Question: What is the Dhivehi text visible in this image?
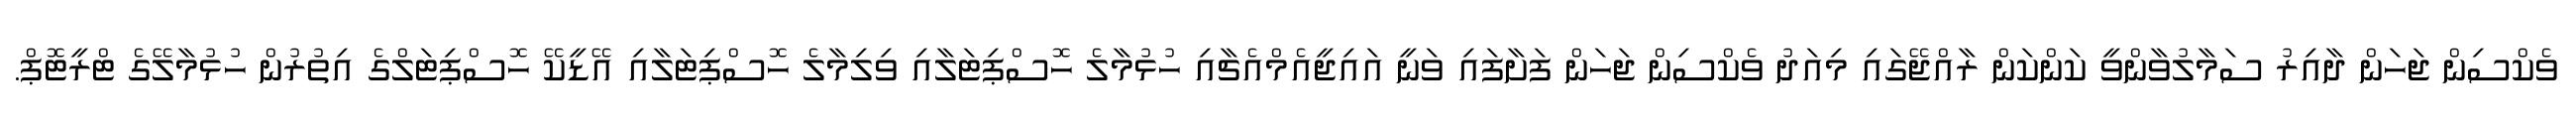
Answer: ވެކްސިން ޖަހަން ދާއިރު ސަމާލުވާންވީ ކަންކަން ރާއްޖޭގައި މިއަދު ވެކްސިން ޖަހަން ފަށާފައި ވަނީ އައިޖީއެމްއެޗާއި ހުޅުމާލެ ހޮސްޕިޓަލާއި ވިލިމާލެ ހޮސްޕިޓަލާއި އޭޑީކޭ ހޮސްޕިޓަލްގެ އިތުރުން ހުޅުމާލޭގެ ޓްރީޓޮޕް.